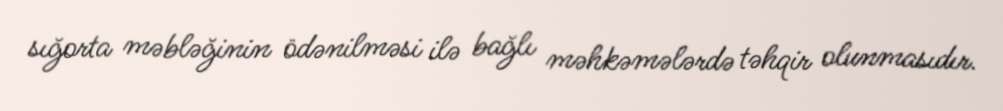
sığorta məbləğinin ödənilməsi ilə bağlı məhkəmələrdə təhqir olunmasıdır.